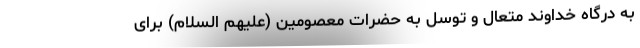
به درگاه خداوند متعال و توسل به حضرات معصومین (علیهم السلام) برای